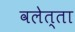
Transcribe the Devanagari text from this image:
वलेत्ता